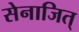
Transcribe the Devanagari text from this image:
सेनाजित्